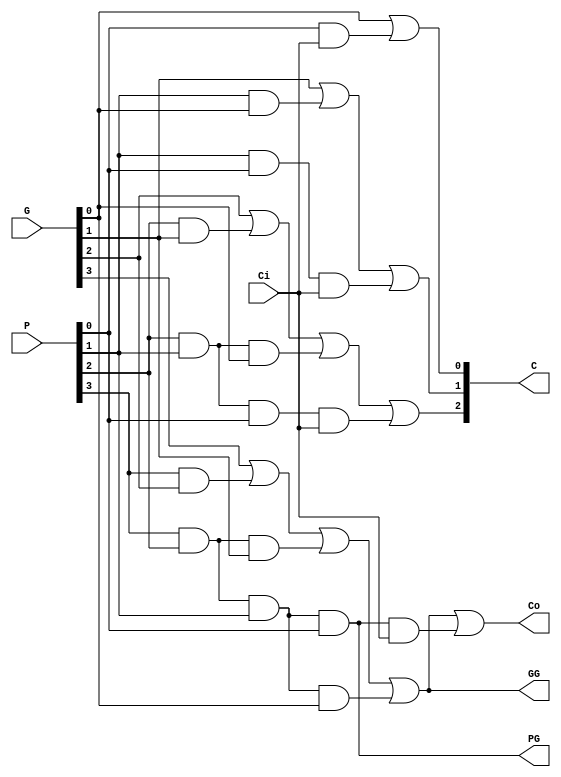
`timescale 1ns / 1ps
`default_nettype none
//////////////////////////////////////////////////////////////////////////////////
// Company: 
// Engineer: 
// 
// Design Name: 
// Module Name: CLALOGIC
// Project Name: 
// Target Devices: 
// Tool Versions: 
// Description: 
// 
// Dependencies: 
// 
// Revision:
// Revision 0.01 - File Created
// Additional Comments:
// 
//////////////////////////////////////////////////////////////////////////////////


module CLALOGIC(
    input wire [3:0] G,
    input wire[3:0] P,
    input wire Ci,
    output wire [3:1] C,
    output wire Co,
    output wire PG,
    output wire GG
    );
    
    wire GG_int;
wire PG_int;
assign C[1] = G[0] | (P[0] & Ci) ;
assign C[2] = G[1] | (P[1] & G[0]) | (P[1] & P[0] & Ci) ;
assign C[3] = G[2] | (P[2] & G[1]) | (P[2] & P[1] & G[0]) | (P[2] & P[1] &
P[0] & Ci) ;
assign PG_int = P[3] & P[2] & P[1] & P[0] ;
assign GG_int = G[3] | (P[3] & G[2]) | (P[3] & P[2] & G[1]) | (P[3] & P[2] &
P[1] & G[0]) ;
assign Co = GG_int | (PG_int & Ci) ;
assign PG = PG_int ;
assign GG = GG_int ;

endmodule